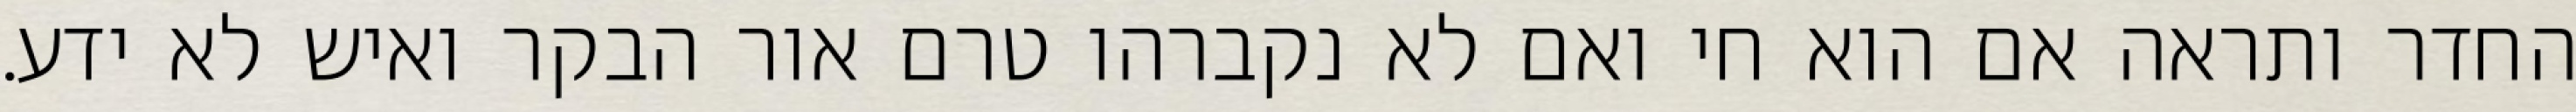
החדר ותראה אם הוא חי ואם לא נקברהו טרם אור הבקר ואיש לא ידע.